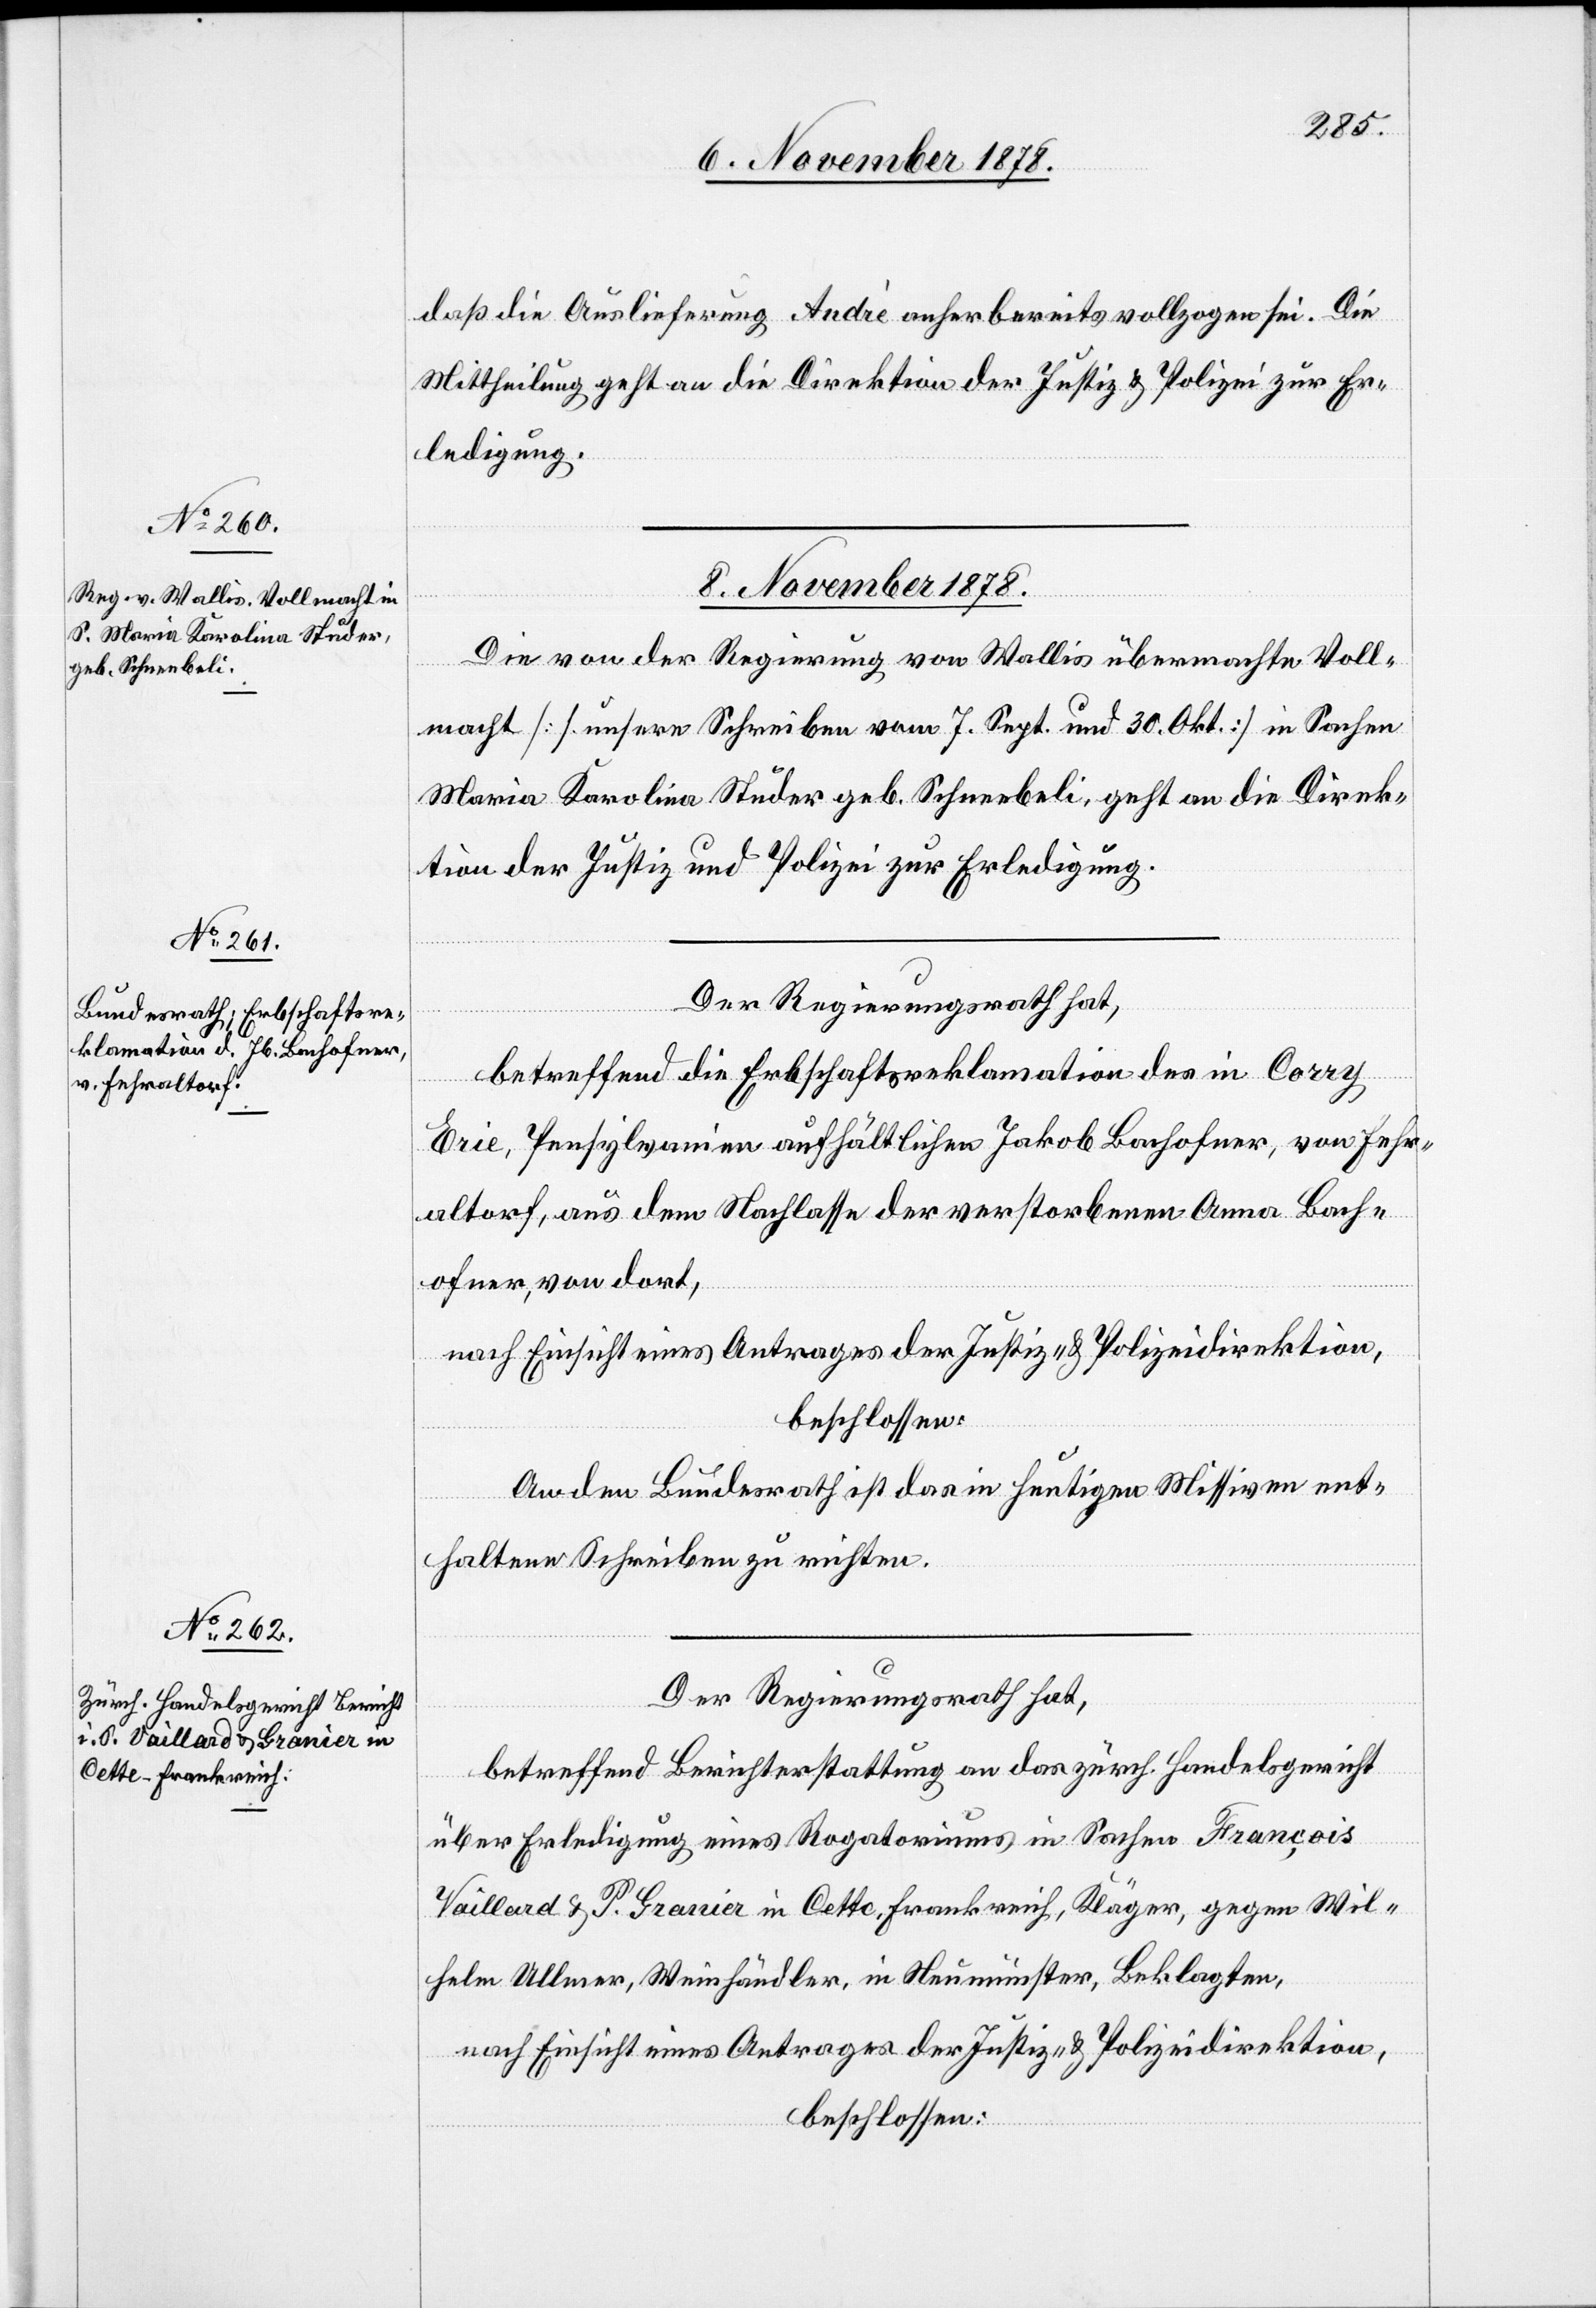
daß die Auslieferung André anher bereits vollzogen sei. Die
Mittheilung geht an die Direktion der Justiz & Polizei zur Er¬
ledigung.
8. November 1878.]
Die von der Regierung von Wallis übermachte Voll¬
macht [s. unsere Schreiben vom 7. Sept. und 30. Okt.] in Sachen
Maria Karolina Studer geb. Schnebeli, geht an die Direk¬
tion der Justiz und Polizei zur Erledigung.
Der Regierungsrath hat,
betreffend die Erbschaftsreklamation des in Corry
Erie, Pensylvanien aufhältlichen Jakob Bachofner, von Fehr¬
altorf, aus dem Nachlasse der verstorbenen Anna Bach¬
ofner, von dort,
nach Einsicht eines Antrages der Justiz- & Polizeidirektion,
beschlossen:
An den Bundesrath ist das in heutigen Missiven ent¬
haltene Schreiben zu richten.
Der Regierungsrath hat,
betreffend Berichterstattung an das zürch. Handelsgericht
über Erledigung eines Rogatoriums in Sachen François
Vaillard & P. Granier in Cette, Frankreich, Kläger gegen Wil¬
helm Ullmer, Weinhändler, in Neumünster, Beklagten,
nach Einsicht eines Antrages der Justiz- & Polizeidirektion,
beschlossen: